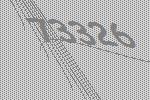
73326